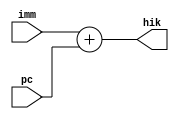
`timescale 1ns / 1ps
//////////////////////////////////////////////////////////////////////////////////
// Company: 
// Engineer: 
// 
// Design Name: 
// Module Name:    Imm_plus_PC 
// Project Name: 
// Target Devices: 
// Tool versions: 
// Description: 
//
// Dependencies: 
//
// Revision: 
// Revision 0.01 - File Created
// Additional Comments: 
//
//////////////////////////////////////////////////////////////////////////////////
module Imm_plus_PC(
    input wire [31:0] imm,
    input wire [31:0] pc,
    output wire [31:0] hik
    );


assign hik = imm + pc;

endmodule